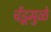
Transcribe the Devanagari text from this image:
चेंडूमुळे